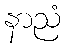
နာညံ